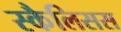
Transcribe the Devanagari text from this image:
स्कैलिसस